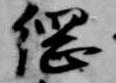
綱